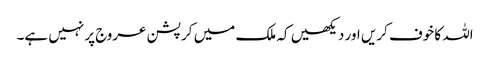
اللہ کا خوف کریں اور دیکھیں کہ ملک میں کرپشن عروج پر نہیں ہے۔